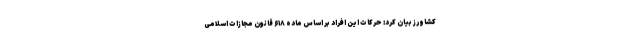
کشاورز بیان کرد: حرکات این افراد بر اساس ماده ۶۱۸ قانون مجازات اسلامی